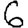
Digit: 6